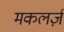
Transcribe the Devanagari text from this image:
मकलर्ज़